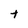
Character: t